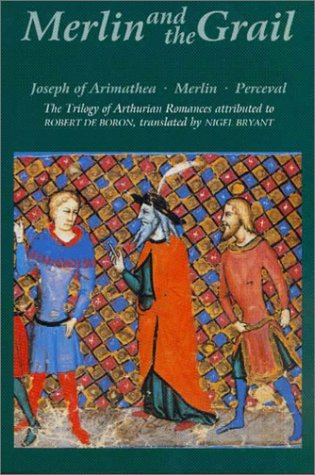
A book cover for Merlin and the Grail (Arthurian Studies); Robert de Boron; Literature & Fiction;